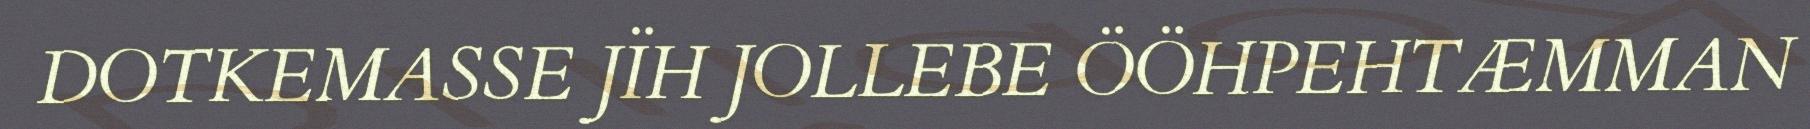
DOTKEMASSE JÏH JOLLEBE ÖÖHPEHTÆMMAN